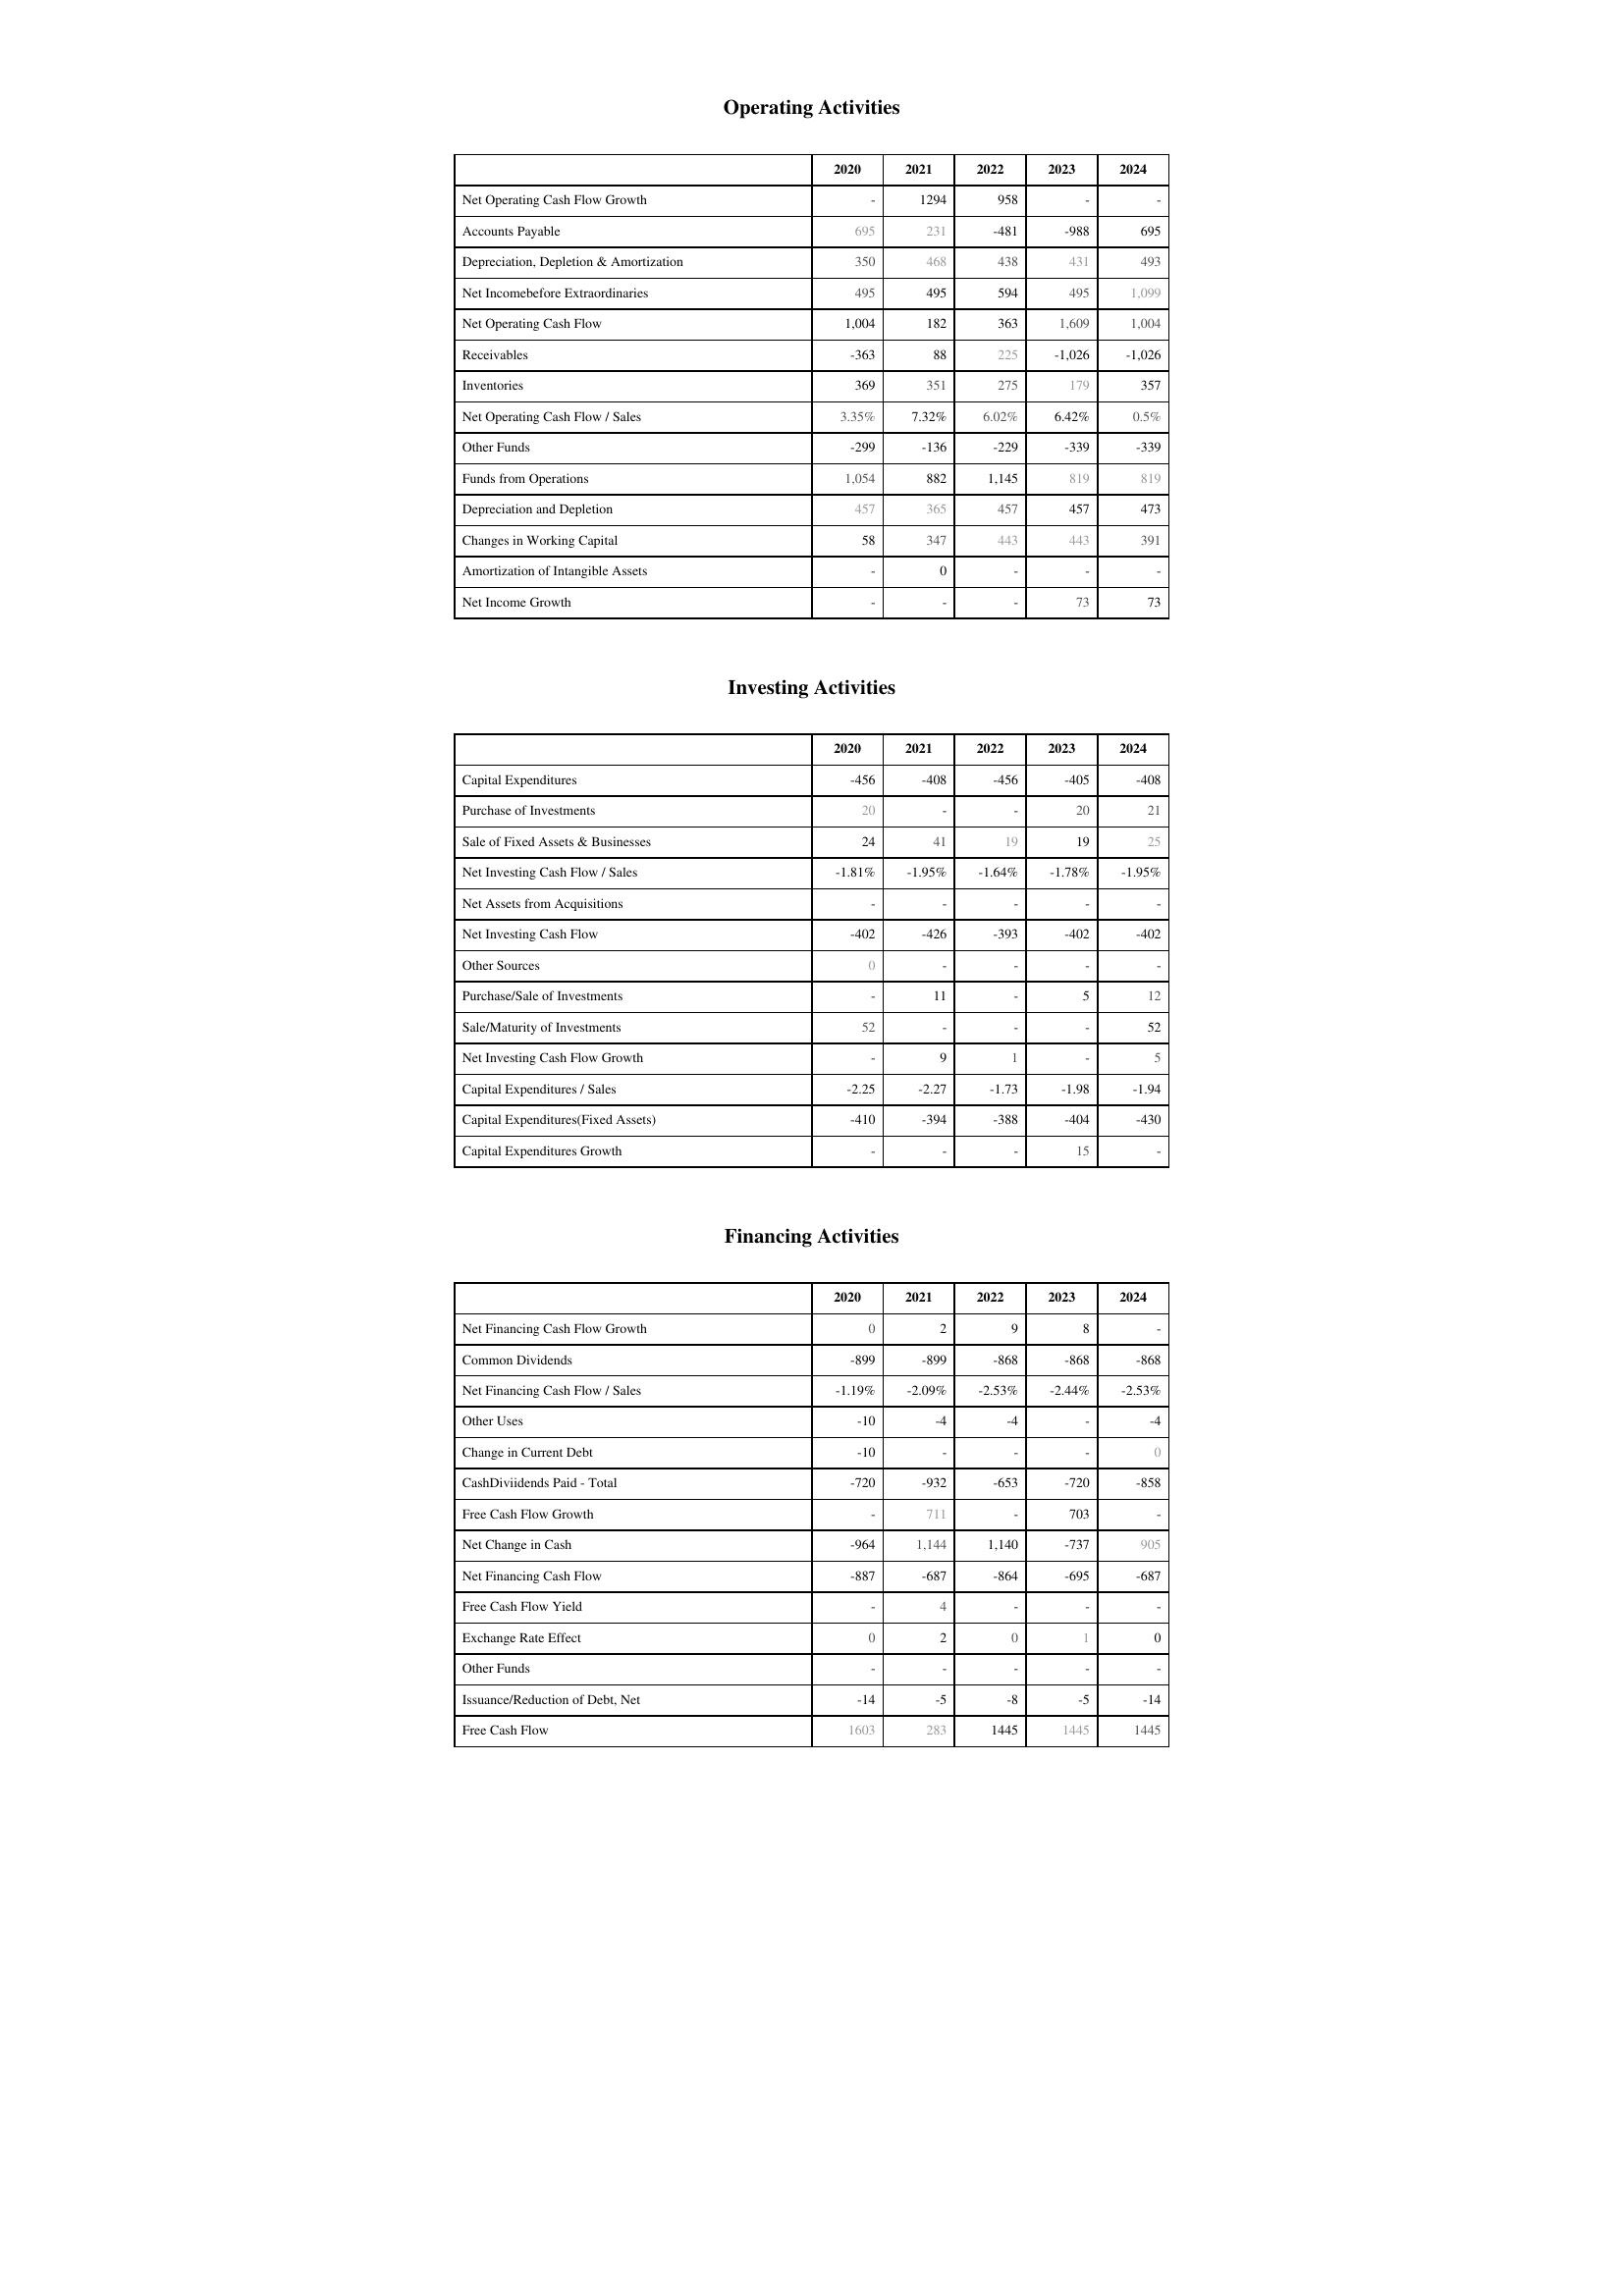
2020: Operating Activities: Net Operating Cash Flow Growth: -
Accounts Payable: 695
Depreciation, Depletion & Amortization: 350
Net Incomebefore Extraordinaries: 495
Net Operating Cash Flow: 1,004
Receivables: -363
Inventories: 369
Net Operating Cash Flow / Sales: 3.35%
Other Funds: -299
Funds from Operations: 1,054
Depreciation and Depletion: 457
Changes in Working Capital: 58
Amortization of Intangible Assets: -
Net Income Growth: -
Investing Activities: Capital Expenditures: -456
Purchase of Investments: 20
Sale of Fixed Assets & Businesses: 24
Net Investing Cash Flow / Sales: -1.81%
Net Assets from Acquisitions: -
Net Investing Cash Flow: -402
Other Sources: 0
Purchase/Sale of Investments: -
Sale/Maturity of Investments: 52
Net Investing Cash Flow Growth: -
Capital Expenditures / Sales: -2.25
Capital Expenditures(Fixed Assets): -410
Capital Expenditures Growth: -
Financing Activities: Net Financing Cash Flow Growth: 0
Common Dividends: -899
Net Financing Cash Flow / Sales: -1.19%
Other Uses: -10
Change in Current Debt: -10
CashDiviidends Paid - Total: -720
Free Cash Flow Growth: -
Net Change in Cash: -964
Net Financing Cash Flow: -887
Free Cash Flow Yield: -
Exchange Rate Effect: 0
Other Funds: -
Issuance/Reduction of Debt, Net: -14
Free Cash Flow: 1603
2021: Operating Activities: Net Operating Cash Flow Growth: 1294
Accounts Payable: 231
Depreciation, Depletion & Amortization: 468
Net Incomebefore Extraordinaries: 495
Net Operating Cash Flow: 182
Receivables: 88
Inventories: 351
Net Operating Cash Flow / Sales: 7.32%
Other Funds: -136
Funds from Operations: 882
Depreciation and Depletion: 365
Changes in Working Capital: 347
Amortization of Intangible Assets: 0
Net Income Growth: -
Investing Activities: Capital Expenditures: -408
Purchase of Investments: -
Sale of Fixed Assets & Businesses: 41
Net Investing Cash Flow / Sales: -1.95%
Net Assets from Acquisitions: -
Net Investing Cash Flow: -426
Other Sources: -
Purchase/Sale of Investments: 11
Sale/Maturity of Investments: -
Net Investing Cash Flow Growth: 9
Capital Expenditures / Sales: -2.27
Capital Expenditures(Fixed Assets): -394
Capital Expenditures Growth: -
Financing Activities: Net Financing Cash Flow Growth: 2
Common Dividends: -899
Net Financing Cash Flow / Sales: -2.09%
Other Uses: -4
Change in Current Debt: -
CashDiviidends Paid - Total: -932
Free Cash Flow Growth: 711
Net Change in Cash: 1,144
Net Financing Cash Flow: -687
Free Cash Flow Yield: 4
Exchange Rate Effect: 2
Other Funds: -
Issuance/Reduction of Debt, Net: -5
Free Cash Flow: 283
2022: Operating Activities: Net Operating Cash Flow Growth: 958
Accounts Payable: -481
Depreciation, Depletion & Amortization: 438
Net Incomebefore Extraordinaries: 594
Net Operating Cash Flow: 363
Receivables: 225
Inventories: 275
Net Operating Cash Flow / Sales: 6.02%
Other Funds: -229
Funds from Operations: 1,145
Depreciation and Depletion: 457
Changes in Working Capital: 443
Amortization of Intangible Assets: -
Net Income Growth: -
Investing Activities: Capital Expenditures: -456
Purchase of Investments: -
Sale of Fixed Assets & Businesses: 19
Net Investing Cash Flow / Sales: -1.64%
Net Assets from Acquisitions: -
Net Investing Cash Flow: -393
Other Sources: -
Purchase/Sale of Investments: -
Sale/Maturity of Investments: -
Net Investing Cash Flow Growth: 1
Capital Expenditures / Sales: -1.73
Capital Expenditures(Fixed Assets): -388
Capital Expenditures Growth: -
Financing Activities: Net Financing Cash Flow Growth: 9
Common Dividends: -868
Net Financing Cash Flow / Sales: -2.53%
Other Uses: -4
Change in Current Debt: -
CashDiviidends Paid - Total: -653
Free Cash Flow Growth: -
Net Change in Cash: 1,140
Net Financing Cash Flow: -864
Free Cash Flow Yield: -
Exchange Rate Effect: 0
Other Funds: -
Issuance/Reduction of Debt, Net: -8
Free Cash Flow: 1445
2023: Operating Activities: Net Operating Cash Flow Growth: -
Accounts Payable: -988
Depreciation, Depletion & Amortization: 431
Net Incomebefore Extraordinaries: 495
Net Operating Cash Flow: 1,609
Receivables: -1,026
Inventories: 179
Net Operating Cash Flow / Sales: 6.42%
Other Funds: -339
Funds from Operations: 819
Depreciation and Depletion: 457
Changes in Working Capital: 443
Amortization of Intangible Assets: -
Net Income Growth: 73
Investing Activities: Capital Expenditures: -405
Purchase of Investments: 20
Sale of Fixed Assets & Businesses: 19
Net Investing Cash Flow / Sales: -1.78%
Net Assets from Acquisitions: -
Net Investing Cash Flow: -402
Other Sources: -
Purchase/Sale of Investments: 5
Sale/Maturity of Investments: -
Net Investing Cash Flow Growth: -
Capital Expenditures / Sales: -1.98
Capital Expenditures(Fixed Assets): -404
Capital Expenditures Growth: 15
Financing Activities: Net Financing Cash Flow Growth: 8
Common Dividends: -868
Net Financing Cash Flow / Sales: -2.44%
Other Uses: -
Change in Current Debt: -
CashDiviidends Paid - Total: -720
Free Cash Flow Growth: 703
Net Change in Cash: -737
Net Financing Cash Flow: -695
Free Cash Flow Yield: -
Exchange Rate Effect: 1
Other Funds: -
Issuance/Reduction of Debt, Net: -5
Free Cash Flow: 1445
2024: Operating Activities: Net Operating Cash Flow Growth: -
Accounts Payable: 695
Depreciation, Depletion & Amortization: 493
Net Incomebefore Extraordinaries: 1,099
Net Operating Cash Flow: 1,004
Receivables: -1,026
Inventories: 357
Net Operating Cash Flow / Sales: 0.5%
Other Funds: -339
Funds from Operations: 819
Depreciation and Depletion: 473
Changes in Working Capital: 391
Amortization of Intangible Assets: -
Net Income Growth: 73
Investing Activities: Capital Expenditures: -408
Purchase of Investments: 21
Sale of Fixed Assets & Businesses: 25
Net Investing Cash Flow / Sales: -1.95%
Net Assets from Acquisitions: -
Net Investing Cash Flow: -402
Other Sources: -
Purchase/Sale of Investments: 12
Sale/Maturity of Investments: 52
Net Investing Cash Flow Growth: 5
Capital Expenditures / Sales: -1.94
Capital Expenditures(Fixed Assets): -430
Capital Expenditures Growth: -
Financing Activities: Net Financing Cash Flow Growth: -
Common Dividends: -868
Net Financing Cash Flow / Sales: -2.53%
Other Uses: -4
Change in Current Debt: 0
CashDiviidends Paid - Total: -858
Free Cash Flow Growth: -
Net Change in Cash: 905
Net Financing Cash Flow: -687
Free Cash Flow Yield: -
Exchange Rate Effect: 0
Other Funds: -
Issuance/Reduction of Debt, Net: -14
Free Cash Flow: 1445